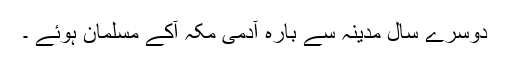
دوسرے سال مدینہ سے بارہ آدمی مکہ آکے مسلمان ہوئے ۔